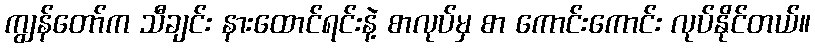
ကျွန်တော်က သီချင်း နားထောင်ရင်းနဲ့ စာလုပ်မှ စာ ကောင်းကောင်း လုပ်နိုင်တယ်။